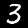
Digit: 3